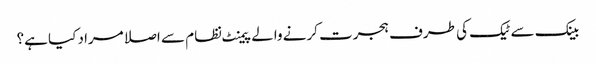
بینک سے ٹیک کی طرف ہجرت کرنے والے پیمنٹ نظام سے اصلا مراد کیا ہے؟